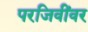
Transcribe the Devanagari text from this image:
परजिवींवर